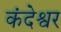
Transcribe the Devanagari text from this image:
कंदेश्वर